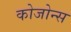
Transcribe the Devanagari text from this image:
कोजोन्स